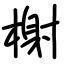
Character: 榭